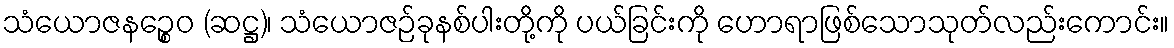
သံယောဇနဉ္စေဝ (ဆဋ္ဌ)၊ သံယောဇဉ်ခုနစ်ပါးတို့ကို ပယ်ခြင်းကို ဟောရာဖြစ်သောသုတ်လည်းကောင်း။